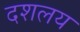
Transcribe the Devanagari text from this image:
दशलय